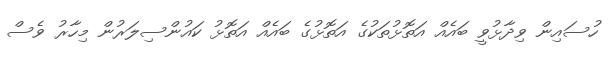
ހުސައިން ވިދާޅުވީ ބައެއް އަތޮޅުތަކުގެ އަތޮޅުގެ ބައެއް އަތޮޅު ކައުންސިލަރުން މިހާރު ވެސް